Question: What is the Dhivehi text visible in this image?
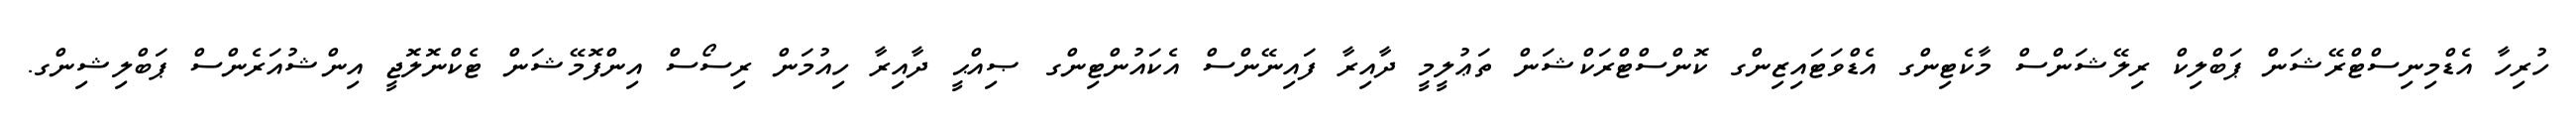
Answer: ހުރިހާ އެޑްމިނިސްޓްރޭޝަން ޕަބްލިކް ރިލޭޝަންސް މާކެޓިންގ އެޑްވަޓައިޒިންގ ކޮންސްޓްރަކްޝަން ތަޢުލީމީ ދާއިރާ ފައިނޭންސް އެކައުންޓިންގ ޞިއްޙީ ދާއިރާ ހިއުމަން ރިސޯސް އިންފޮމޭޝަން ޓެކްނޮލޮޖީ އިންޝުއަރެންސް ޕަބްލިޝިންގ.